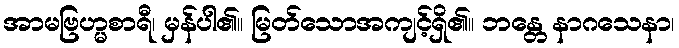
အာမဗြဟ္မစာရီ၊ မှန်ပါ၏။ မြတ်သောအကျင့်ရှိ၏။ ဘန္တေ နာဂသေနာ၊